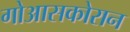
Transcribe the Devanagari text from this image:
गोआसकोरान